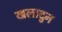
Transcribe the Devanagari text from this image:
खलादुन